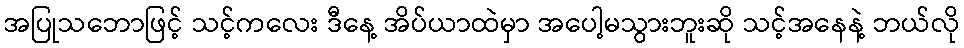
အပြုသဘောဖြင့် သင့်ကလေး ဒီနေ့ အိပ်ယာထဲမှာ အပေါ့မသွားဘူးဆို သင့်အနေနဲ့ ဘယ်လို